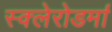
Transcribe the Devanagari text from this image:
स्क्‍लेरोडर्मा